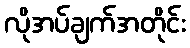
လိုအပ်ချက်အတိုင်း